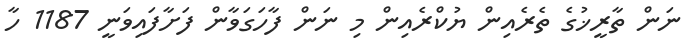
ނަން ތާރީޚުގެ ތެރެއިން ޔުކްރެއިން މި ނަން ފާހަގަވާން ފަށާފައިވަނީ 1187 ހާ